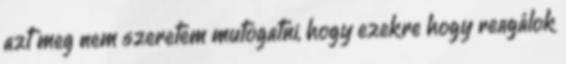
azt meg nem szeretem mutogatni, hogy ezekre hogy reagálok